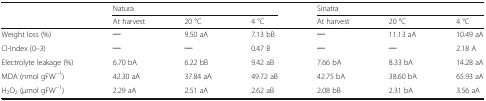
<table><thead><tr><td rowspan="2"></td><td colspan="3"><b>Natura</b></td><td colspan="3"><b>Sinatra</b></td></tr><tr><td><b>At harvest</b></td><td><b>20 °C</b></td><td><b>4 °C</b></td><td><b>At harvest</b></td><td><b>20 °C</b></td><td><b>4 °C</b></td></tr></thead><tbody><tr><td>Weight loss (%)</td><td>─</td><td>9.50 aA</td><td>7.13 bB</td><td>─</td><td>11.13 aA</td><td>10.49 aA</td></tr><tr><td>CI-Index (0–3)</td><td>─</td><td>─</td><td>0.47 B</td><td>─</td><td>─</td><td>2.18 A</td></tr><tr><td>Electrolyte leakage (%)</td><td>6.70 bA</td><td>6.22 bB</td><td>9.42 aB</td><td>7.66 bA</td><td>8.33 bA</td><td>14.28 aA</td></tr><tr><td>MDA (nmol gFW<sup>−1</sup>)</td><td>42.30 aA</td><td>37.84 aA</td><td>49.72 aB</td><td>42.75 bA</td><td>38.60 bA</td><td>65.93 aA</td></tr><tr><td>H<sub>2</sub>O<sub>2</sub> (μmol gFW<sup>−1</sup>)</td><td>2.29 aA</td><td>2.51 aA</td><td>2.62 aB</td><td>2.08 bB</td><td>2.31 bA</td><td>3.56 aA</td></tr></tbody></table>